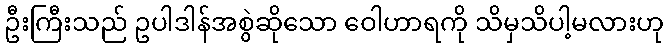
ဦးကြီးသည် ဥပါဒါန်အစွဲဆိုသော ဝေါဟာရကို သိမှသိပါ့မလားဟု